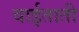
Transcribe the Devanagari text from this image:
वाईताती